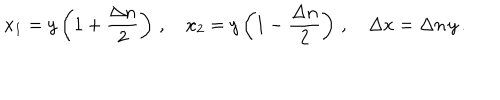
x _ { 1 } = y \left( 1 + \frac { \Delta n } { 2 } \right) \, , \quad x _ { 2 } = y \left( 1 - \frac { \Delta n } { 2 } \right) \, , \quad \Delta x = \Delta n \, y \, .